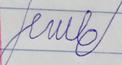
Signature authenticity: forged